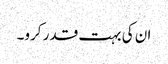
ان کی بہت قدر کرو۔